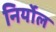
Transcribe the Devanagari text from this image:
निर्योल